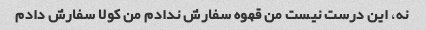
نه، این درست نیست من قهوه سفارش ندادم من کولا سفارش دادم